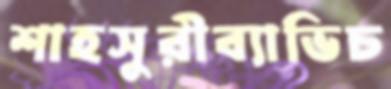
শাহসুরীব্যাভিচ